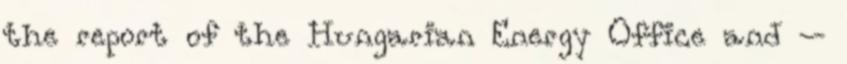
the report of the Hungarian Energy Office and –